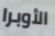
الأوبرا